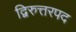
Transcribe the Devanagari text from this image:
द्विरुत्तरपद